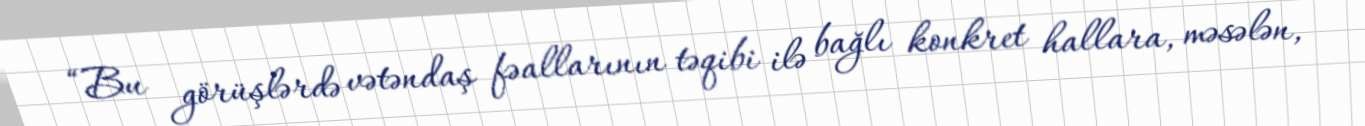
“Bu görüşlərdə vətəndaş fəallarının təqibi ilə bağlı konkret hallara, məsələn,